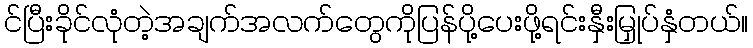
င်ပြီးခိုင်လုံတဲ့အချက်အလက်တွေကိုပြန်ပို့ပေးဖို့ရင်းနှီးမြှုပ်နှံတယ်။